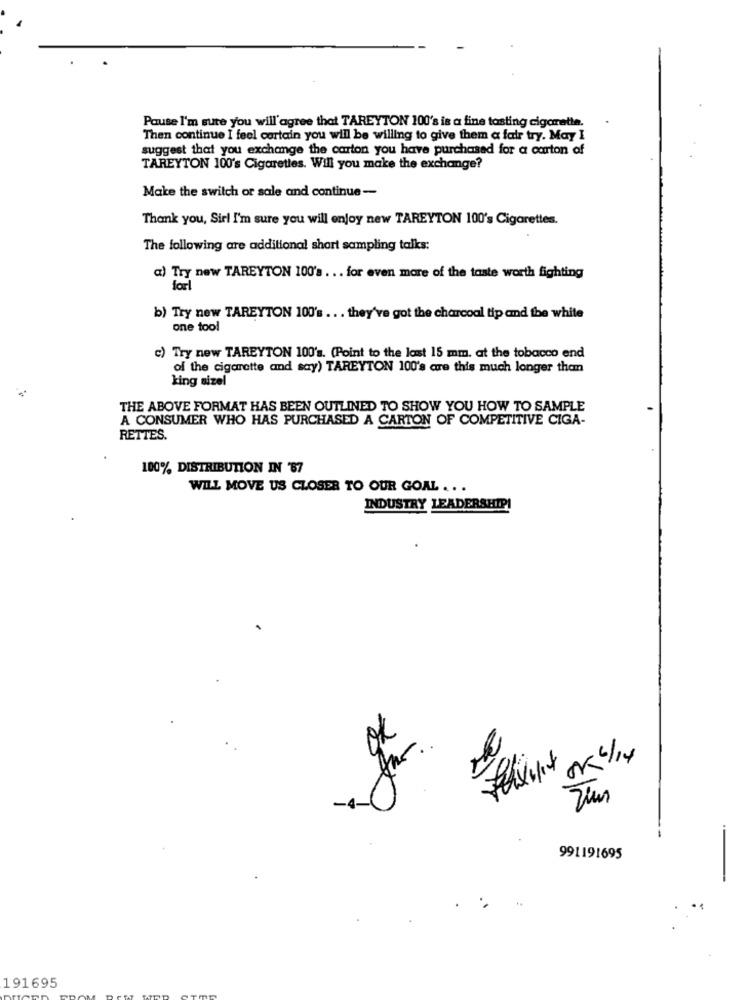
Pause I'm sure you will agree that TAREYTON 100's is a fine tasting cigarette.
Then continue I feel cortain you will be willing to give them a fair try. May I
suggest that you exchange the carton you have purchased for a carton of
TAREYTON 100's Cigarettes. Will you make the exchange?
Make the switch or sale and continue-
Thank you, Siri I'm sure you will enjoy new TAREYTON 100's Cigarettes.
The following are additional shart sampling talks:
a) Try new TAREYTON 100's ... for even more of the taste worth fighting
forl
b) Try new TAREYTON 100's ... they've got the charcoal tip and the white
one tool
c) Try new TAREYTON 100's. (Point to the least 15 mm. at the tobacco end
of the cigarette and say) TAREYTON 100's are this much longer them
king sizel
THE ABOVE FORMAT HAS BEEN OUTLINED TO SHOW YOU HOW TO SAMPLE
A CONSUMER WHO HAS PURCHASED A CARTON OF COMPETITIVE CIGA-
RETTES.
100% DISTRIBUTION IN 87
WILL MOVE US CLOSER TO OUR GOAL ...
INDUSTRY LEADERSHIP!
00 6/14
991191695
191695